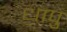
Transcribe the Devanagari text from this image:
धापु